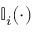
\mathbb { I } _ { i } ( \cdot )